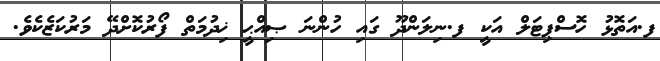
ފ.އަތޮޅު ހޮސްޕިޓަލް އަކީ ފ.ނިލަންދޫ ގައި ހުންނަ ޞިއްޙީ ޚިދުމަތް ފޯރުކޮށްދޭ މަރުކަޒެކެވެ.